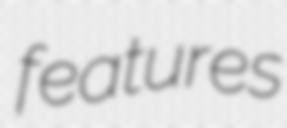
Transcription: features